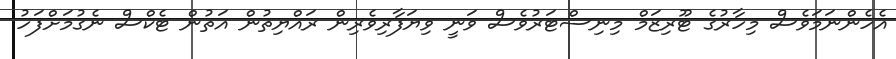
އެހެންނަމަވެސް މިހާރުގެ ޓޫރިޒަމް މިނިސްޓަރުވެސް ވަނީ ވިޔަފާރިވެރިން ރައްޔިތުން އަތުން ޓެކްސް ނެގުމަށްފަހު